Report of the Bombay Veterinary College
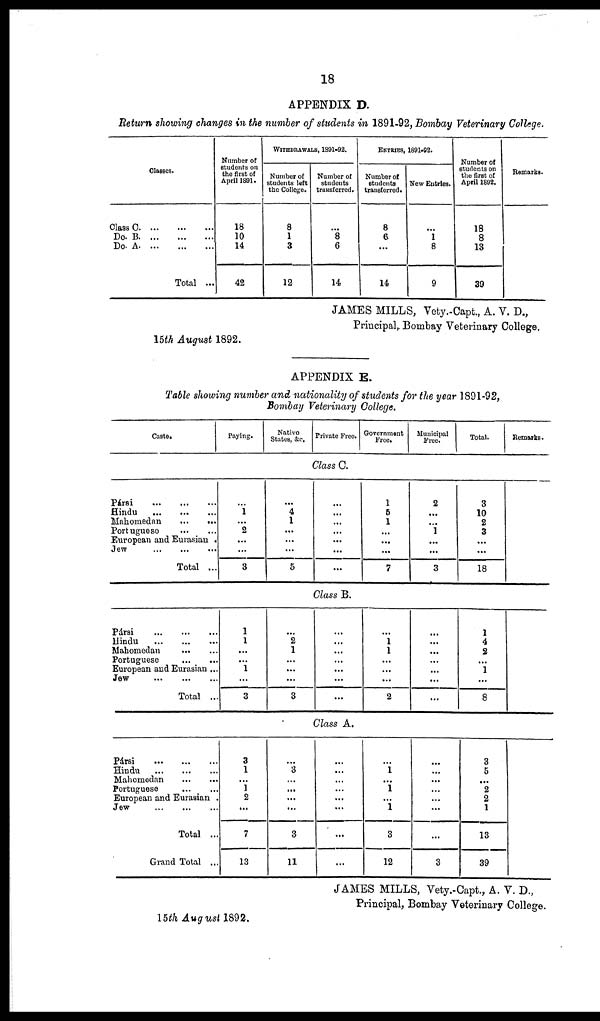
18
APPENDIX D.
Return showing changes in the number of students in 1891-92, Bombay Veterinary College.
Classes.
Class C
Do. B
Do. A
Total ...
Number of
students on
the first of
April 1891.
18
10
14
42
WITHDRAWALS, 1891-92.
Number of
students left
the College.
8
1
3
12
Number of
students
transferred.
...
8
6
14
ENTRIES,
Number of
students
transferred.
8
6
...
14
1891-92.
New Entries.
...
1
8
9
Number of
students on
the first of
April 1892.
18
8
13
39
Remarks.
JAMES MILLS, Vety.-Capt., A. V. D.,
Principal, Bombay Veterinary College.
15th August 1892.
APPENDIX E.
Table showing number and nationality of students for the year 1891-92,
Bombay Veterinary College.
Caste.
Pársi
...
...
...
Hindu
...
...
...
Mahomedan
...
...
Portuguese
...
...
European and Eurasian .
Jew
...
...
...
Total ...
Pársi
...
...
...
Hindu
...
...
...
Mahomedan
...
...
Portuguese
...
...
European and Eurasian...
Jew
...
...
...
Total ...
Pársi
...
...
...
Hindu
...
...
...
Mahomedan
...
...
Portuguese
...
...
European and Eurasian .
Jew
...
...
...
Total ...
Grand Total ...
Paying.
... 1
...
2
...
....
3
1
1
...
... 1
3
3
1
...
1
2
...
7
13
Native
States, &c. Private Free.
Class C.
... 4
1
...
...
...
5
...
...
...
...
...
..
...
Class B.
... 2
1
....
...
3
...
...
...
...
Class A.
3
...
...
...
...
3
11
...
...
...
...
...
Government
Free..
1
5
1
...
...
...
7
.... 1
1
...
2
1
1 ...
1
3
12
Municipal
Free.
2
...
... 1
...
..
3
...
...
...
...
...
...
...
...
3
Total.
3
10
2
3
18
1
4
2
... 1
8
Remarks.
3
5
...
2
2
1
13
39
JAMES MILLS, Vety.-Capt., A. V. D.,
Principal, Bombay Veterinary College.
15th August 1892.